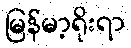
မြန်မာ့ရိုးရာ